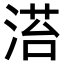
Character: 𣹓